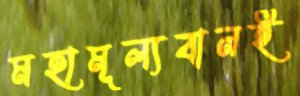
মহামূল্যবানই